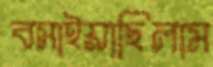
বসাইয়াছিলাম